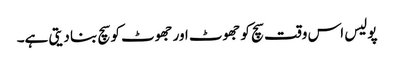
پولیس اس وقت سچ کو جھوٹ اور جھوٹ کو سچ بنا دیتی ہے۔